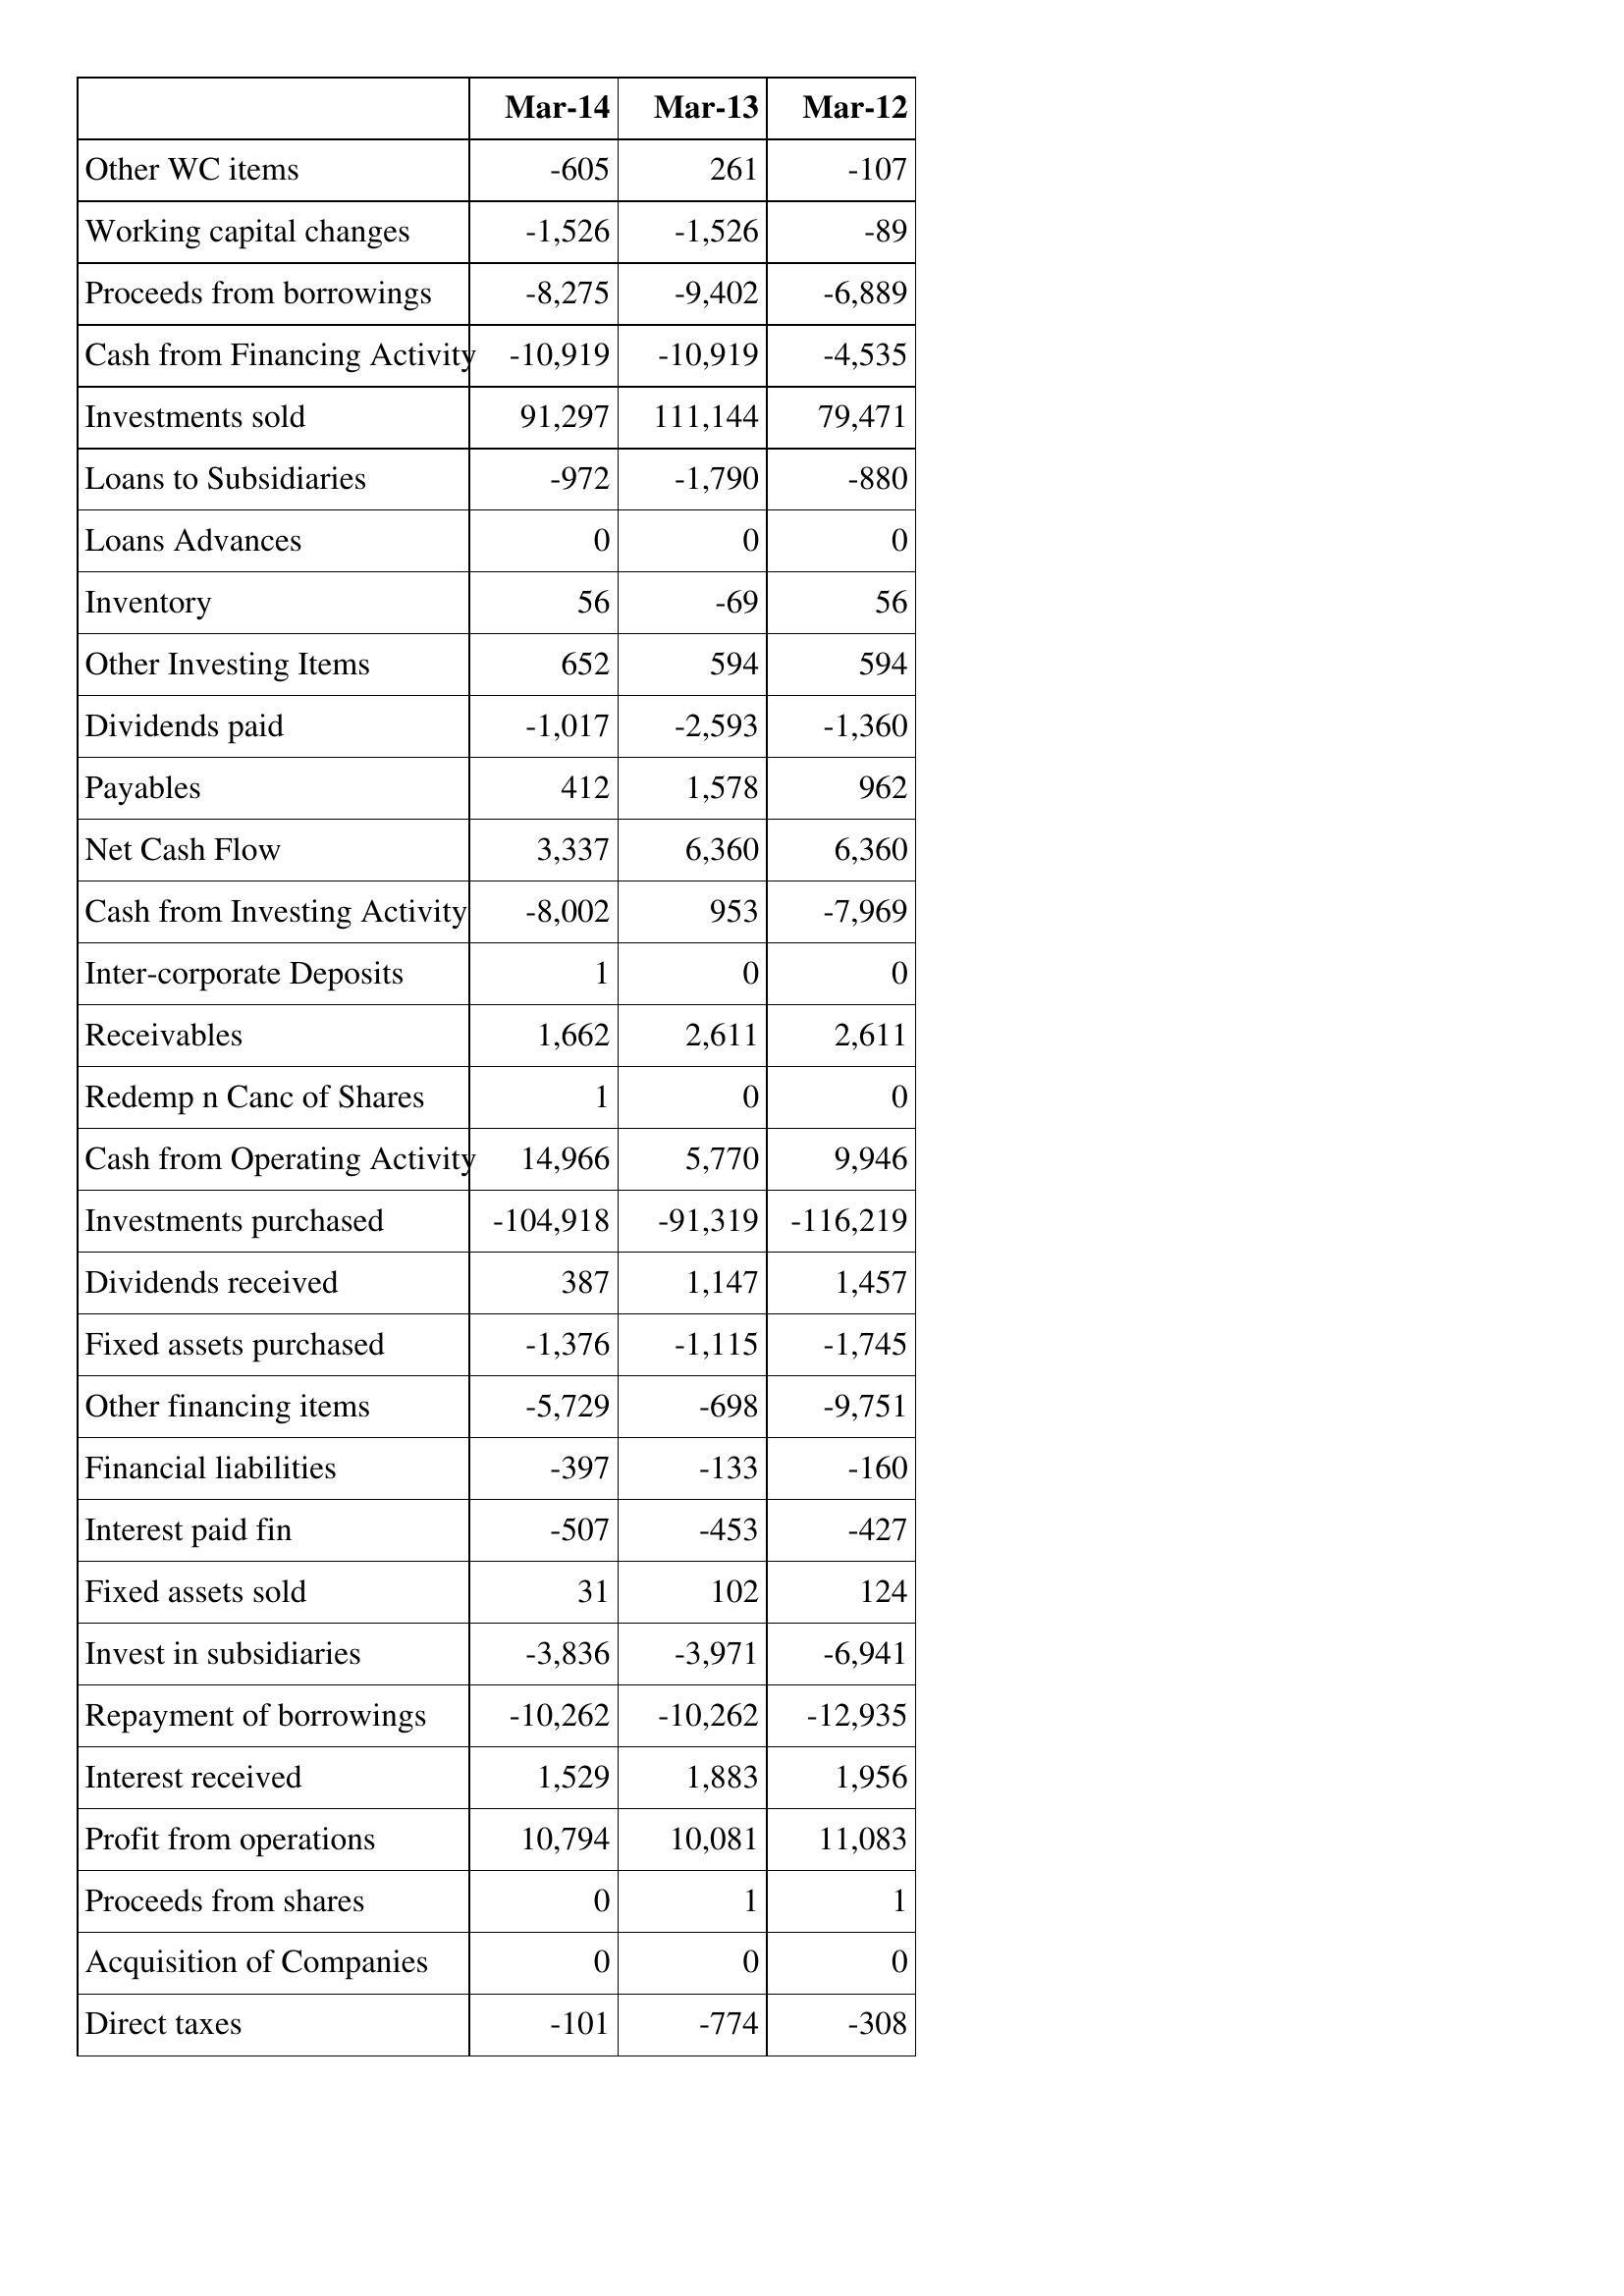
Mar-14: Cash Flows: Other WC items: -605
Working capital changes: -1,526
Proceeds from borrowings: -8,275
Cash from Financing Activity: -10,919
Investments sold: 91,297
Loans to Subsidiaries: -972
Loans Advances: 0
Inventory: 56
Other Investing Items: 652
Dividends paid: -1,017
Payables: 412
Net Cash Flow: 3,337
Cash from Investing Activity: -8,002
Inter-corporate Deposits: 1
Receivables: 1,662
Redemp n Canc of Shares: 1
Cash from Operating Activity: 14,966
Investments purchased: -104,918
Dividends received: 387
Fixed assets purchased: -1,376
Other financing items: -5,729
Financial liabilities: -397
Interest paid fin: -507
Fixed assets sold: 31
Invest in subsidiaries: -3,836
Repayment of borrowings: -10,262
Interest received: 1,529
Profit from operations: 10,794
Proceeds from shares: 0
Acquisition of Companies: 0
Direct taxes: -101
Mar-13: Cash Flows: Other WC items: 261
Working capital changes: -1,526
Proceeds from borrowings: -9,402
Cash from Financing Activity: -10,919
Investments sold: 111,144
Loans to Subsidiaries: -1,790
Loans Advances: 0
Inventory: -69
Other Investing Items: 594
Dividends paid: -2,593
Payables: 1,578
Net Cash Flow: 6,360
Cash from Investing Activity: 953
Inter-corporate Deposits: 0
Receivables: 2,611
Redemp n Canc of Shares: 0
Cash from Operating Activity: 5,770
Investments purchased: -91,319
Dividends received: 1,147
Fixed assets purchased: -1,115
Other financing items: -698
Financial liabilities: -133
Interest paid fin: -453
Fixed assets sold: 102
Invest in subsidiaries: -3,971
Repayment of borrowings: -10,262
Interest received: 1,883
Profit from operations: 10,081
Proceeds from shares: 1
Acquisition of Companies: 0
Direct taxes: -774
Mar-12: Cash Flows: Other WC items: -107
Working capital changes: -89
Proceeds from borrowings: -6,889
Cash from Financing Activity: -4,535
Investments sold: 79,471
Loans to Subsidiaries: -880
Loans Advances: 0
Inventory: 56
Other Investing Items: 594
Dividends paid: -1,360
Payables: 962
Net Cash Flow: 6,360
Cash from Investing Activity: -7,969
Inter-corporate Deposits: 0
Receivables: 2,611
Redemp n Canc of Shares: 0
Cash from Operating Activity: 9,946
Investments purchased: -116,219
Dividends received: 1,457
Fixed assets purchased: -1,745
Other financing items: -9,751
Financial liabilities: -160
Interest paid fin: -427
Fixed assets sold: 124
Invest in subsidiaries: -6,941
Repayment of borrowings: -12,935
Interest received: 1,956
Profit from operations: 11,083
Proceeds from shares: 1
Acquisition of Companies: 0
Direct taxes: -308